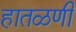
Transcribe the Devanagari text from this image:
हातळणी